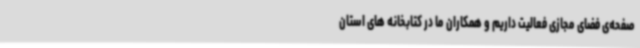
صفحه‌ی فضای مجازی فعالیت داریم و همکاران ما در کتابخانه های استان